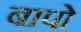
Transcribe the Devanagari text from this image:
बापो